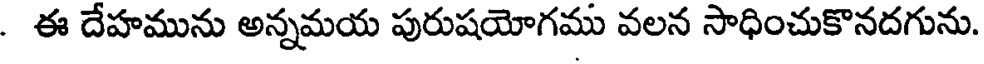
. ఈ దేహమును అన్నమయ పురుషయోగము వలన సాధించుకొనదగును.